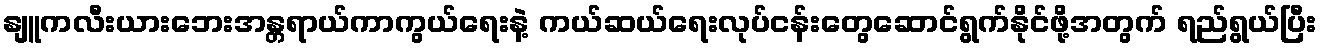
နျူကလီးယားဘေးအန္တရာယ်ကာကွယ်ရေးနဲ့ ကယ်ဆယ်ရေးလုပ်ငန်းတွေဆောင်ရွက်နိုင်ဖို့အတွက် ရည်ရွယ်ပြီး